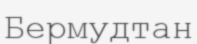
Бермудтан